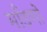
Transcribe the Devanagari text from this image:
माँडणों